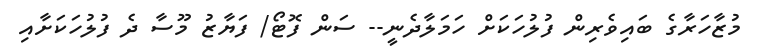
މުޒާހަރާގެ ބައިވެރިން ފުލުހަކަށް ހަމަލާދެނީ-- ސަން ފޮޓޯ/ ފަޔާޒު މޫސާ ދެ ފުލުހަކަށާއި